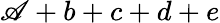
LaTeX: \mathscr{A}+b+c+d+e